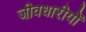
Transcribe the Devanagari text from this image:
जीवधारीयों